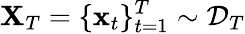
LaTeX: \mathbf{X}_{T}=\{ \mathbf{x}_{t}\} _{t=1}^{T}\sim\mathcal{D}_{T}